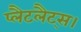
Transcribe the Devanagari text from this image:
प्लैटलैट्स।